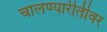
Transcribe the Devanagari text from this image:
चालण्यारीतीवर